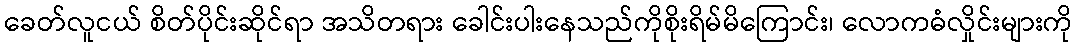
ခေတ်လူငယ် စိတ်ပိုင်းဆိုင်ရာ အသိတရား ခေါင်းပါးနေသည်ကိုစိုးရိမ်မိကြောင်း၊ လောကဓံလှိုင်းများကို